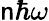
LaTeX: \mathsf{n}\hbar\omega